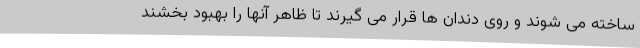
ساخته می شوند و روی دندان ها قرار می گیرند تا ظاهر آنها را بهبود بخشند